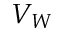
V _ { W }